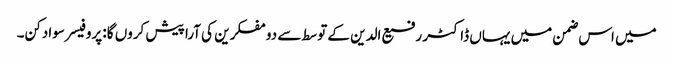
میں اس ضمن میں یہاں ڈاکٹر رفیع الدین کے توسط سے دو مفکرین کی آرا پیش کروں گا: پروفیسر سوادکن۔